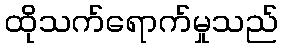
ထိုသက်ရောက်မှုသည်